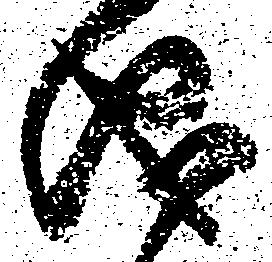
儀